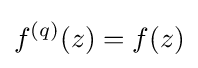
f^{(q)}(z)=f(z)